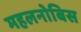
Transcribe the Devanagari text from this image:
महलनोबिस